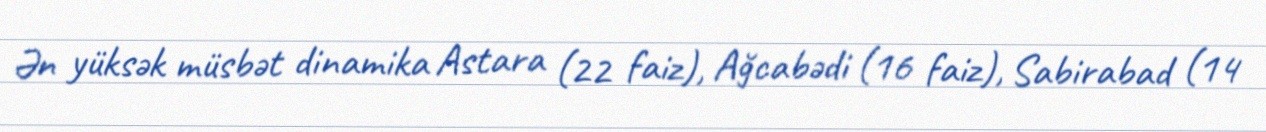
Ən yüksək müsbət dinamika Astara (22 faiz), Ağcabədi (16 faiz), Sabirabad (14